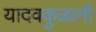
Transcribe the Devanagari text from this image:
यादवकुळानी